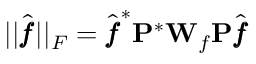
| | \hat { \pmb f } | | _ { F } = \hat { \pmb f } ^ { * } \mathbf { P } ^ { * } \mathbf { W } _ { f } \mathbf { P } \hat { \pmb f }